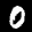
Label: 0